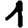
Digit: 1